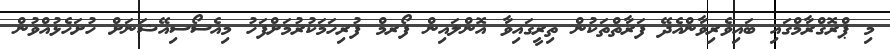
މި ޕްރޮގްރާމްގައި ބައިވެރިވާންއެދޭ ފަރާތްތަކުން ތިރީގައިވާ އޮންލައިން ފޯރމް ފުރިހަމަކުރުމަށްފަހު މިއެސޯސިއޭޝަނަށް ހުށަހެޅުއްވުން